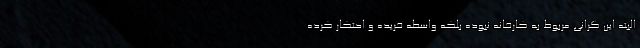
البته این گرانی مربوط به کارخانه نبوده بلکه واسطه خریده و احتکار کرده